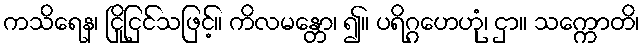
ကသိရေန၊ ငြိုငြင်သဖြင့်။ ကိလမန္တော၊ ၍။ ပရိဂ္ဂဟေဟုံ၊ ငှာ။ သက္ကောတိ၊